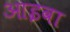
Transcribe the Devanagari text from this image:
आइवा